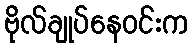
ဗိုလ်ချုပ်နေဝင်းက